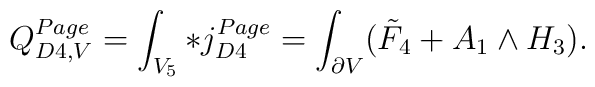
Q_{D4,V}^{Page} = \int_{V_5} *j_{D4}^{Page} = \int_{\partial V} (\tilde F_4 + A_1 \wedge H_3).